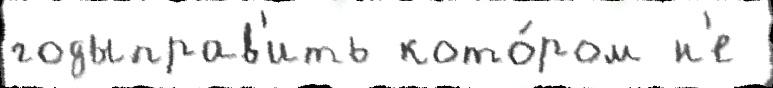
годыправ'ить кото́ром н'е